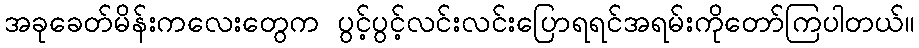
အခုခေတ်မိန်းကလေးတွေက ပွင့်ပွင့်လင်းလင်းပြောရရင်အရမ်းကိုတော်ကြပါတယ်။